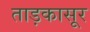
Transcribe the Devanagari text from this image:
ताड़कासूर